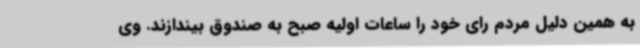
به همین دلیل مردم رای خود را ساعات اولیه صبح به صندوق بیندازند. وی